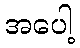
အပေါ့